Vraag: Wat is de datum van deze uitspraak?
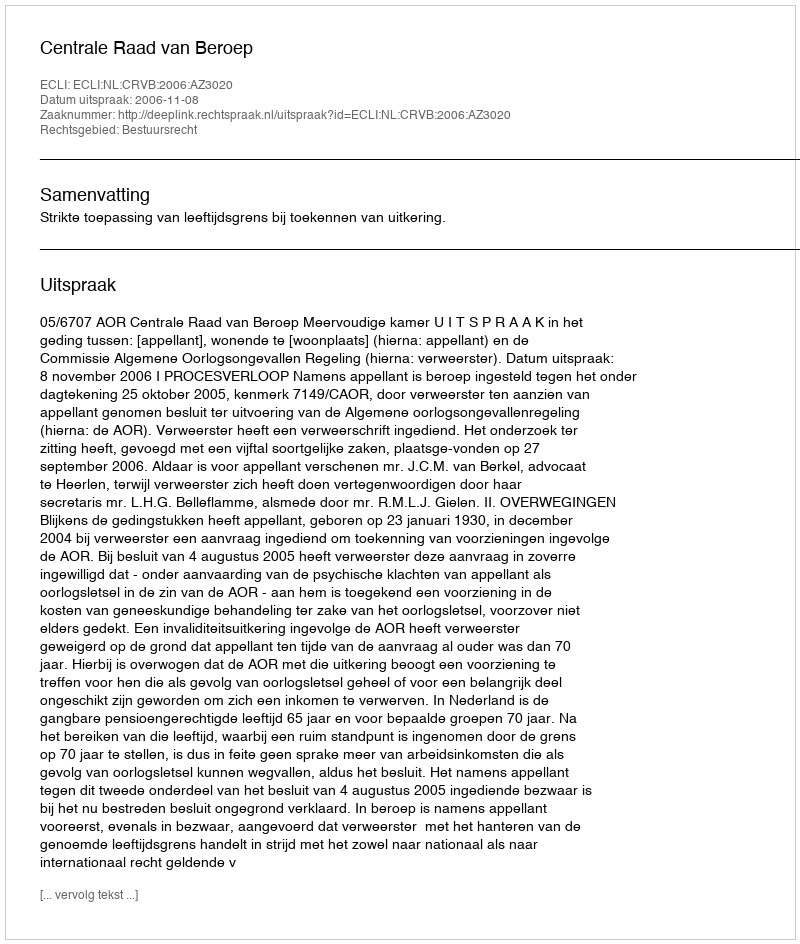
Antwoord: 2006-11-08